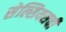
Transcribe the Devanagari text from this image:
सेल्सियसची